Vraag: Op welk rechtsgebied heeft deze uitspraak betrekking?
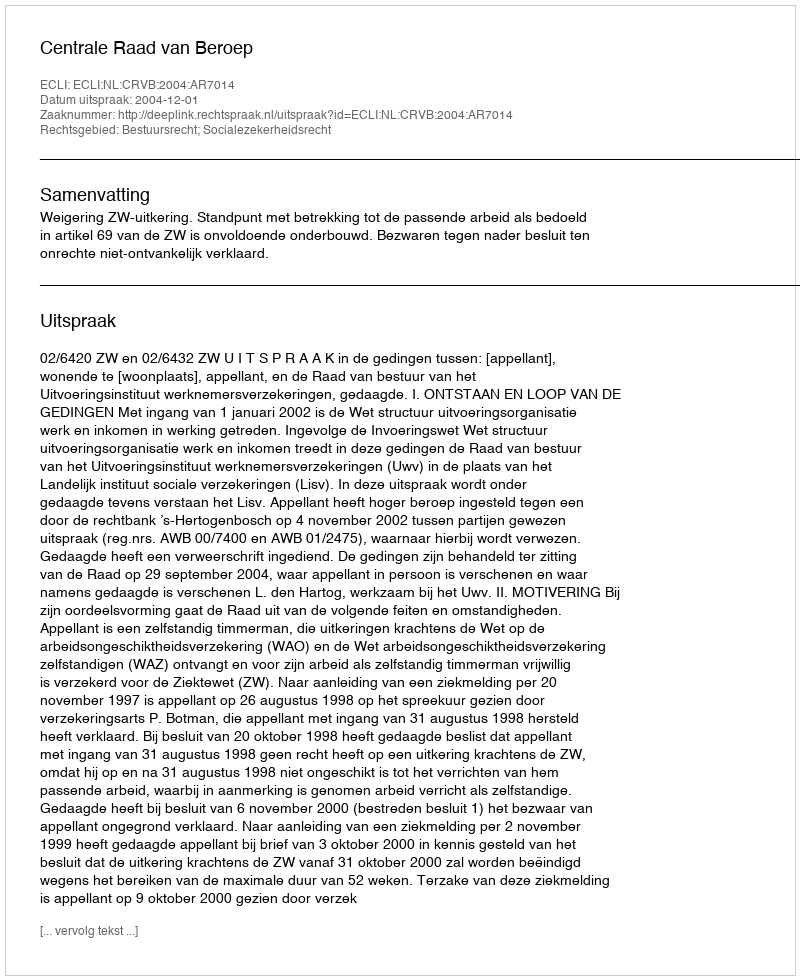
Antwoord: Bestuursrecht; Socialezekerheidsrecht